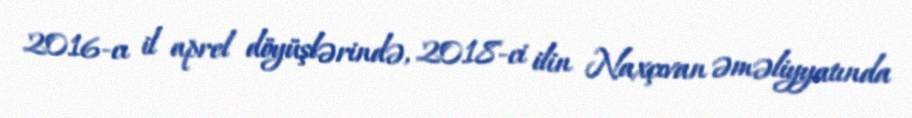
2016-cı il aprel döyüşlərində, 2018-ci ilin Naxçıvan əməliyyatında